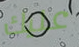
عليك